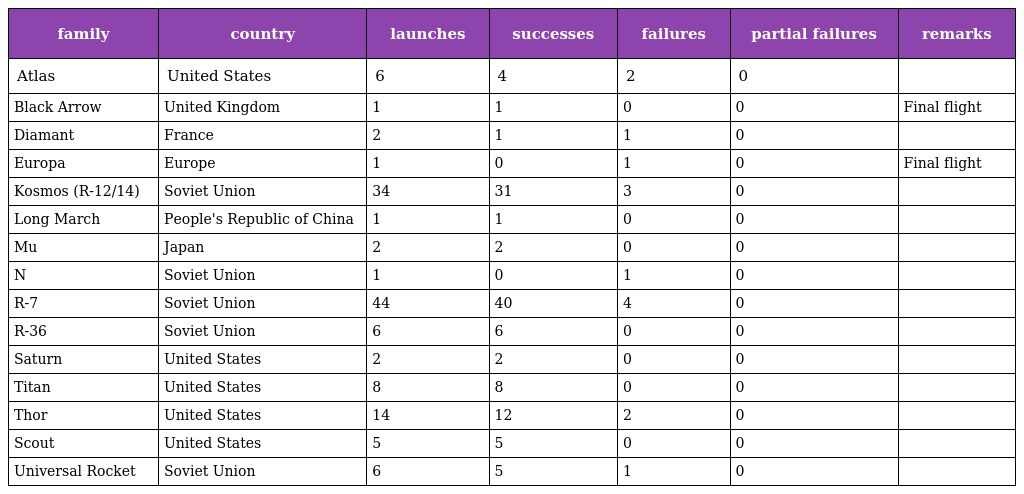
| family | country | launches | successes | failures | partial failures | remarks |
 | --- | --- | --- | --- | --- | --- | --- |
 | Atlas | United States | 6 | 4 | 2 | 0 |  |
 | Black Arrow | United Kingdom | 1 | 1 | 0 | 0 | Final flight |
 | Diamant | France | 2 | 1 | 1 | 0 |  |
 | Europa | Europe | 1 | 0 | 1 | 0 | Final flight |
 | Kosmos (R-12/14) | Soviet Union | 34 | 31 | 3 | 0 |  |
 | Long March | People's Republic of China | 1 | 1 | 0 | 0 |  |
 | Mu | Japan | 2 | 2 | 0 | 0 |  |
 | N | Soviet Union | 1 | 0 | 1 | 0 |  |
 | R-7 | Soviet Union | 44 | 40 | 4 | 0 |  |
 | R-36 | Soviet Union | 6 | 6 | 0 | 0 |  |
 | Saturn | United States | 2 | 2 | 0 | 0 |  |
 | Titan | United States | 8 | 8 | 0 | 0 |  |
 | Thor | United States | 14 | 12 | 2 | 0 |  |
 | Scout | United States | 5 | 5 | 0 | 0 |  |
 | Universal Rocket | Soviet Union | 6 | 5 | 1 | 0 |  |